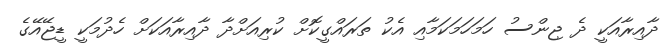
ދާއިރާއަކީ ދެ ޖިންސު ހަަމަހަމަކަމާއި އެކު ތަރައްގީކޮށް ކުރިއަށްދާ ދާއިރާއަކަށް ހެދުމަކީ ޑީޖޭއޭގެ